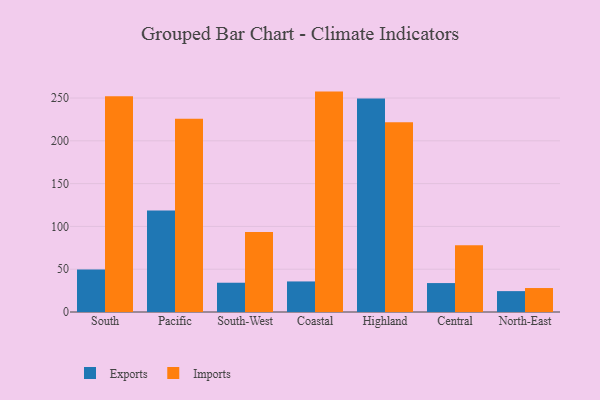
{"axis": {"x": "Region", "y": "Production Output"}, "legend": ["Exports", "Imports"], "data": [{"x": "South", "y": 49.7, "type": "Exports"}, {"x": "South", "y": 252.2, "type": "Imports"}, {"x": "Pacific", "y": 118.6, "type": "Exports"}, {"x": "Pacific", "y": 225.8, "type": "Imports"}, {"x": "South-West", "y": 34.2, "type": "Exports"}, {"x": "South-West", "y": 93.5, "type": "Imports"}, {"x": "Coastal", "y": 35.7, "type": "Exports"}, {"x": "Coastal", "y": 257.5, "type": "Imports"}, {"x": "Highland", "y": 249.4, "type": "Exports"}, {"x": "Highland", "y": 221.7, "type": "Imports"}, {"x": "Central", "y": 33.8, "type": "Exports"}, {"x": "Central", "y": 77.9, "type": "Imports"}, {"x": "North-East", "y": 24.4, "type": "Exports"}, {"x": "North-East", "y": 28.0, "type": "Imports"}]}